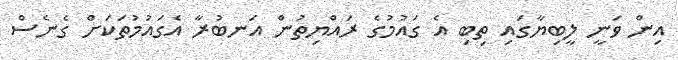
އިން ވަނީ ލީބިޔާގައި ތިބި އެ ގައުމުގެ ރައްޔިތުން އަނބުރާ އެގައުމުތަކަށް ގެނެސް